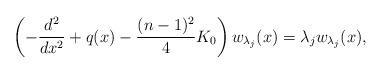
LaTeX: \begin{align*} \left( -\frac{d^2}{dx^2} + q(x) - \frac{(n-1)^2}{4} K_0\right) w _{\lambda_j}(x) =\lambda_j w_{\lambda_j} (x),\end{align*}